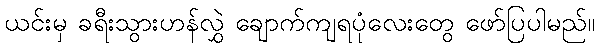
ယင်းမှ ခရီးသွားဟန်လွှဲ ချောက်ကျရပုံလေးတွေ ဖော်ပြပါမည်။